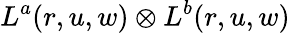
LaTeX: L^{a}(r,u,w)\otimes L^{b}(r,u,w)